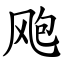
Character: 飑